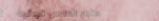
متجر الملابس الرجالية   أ